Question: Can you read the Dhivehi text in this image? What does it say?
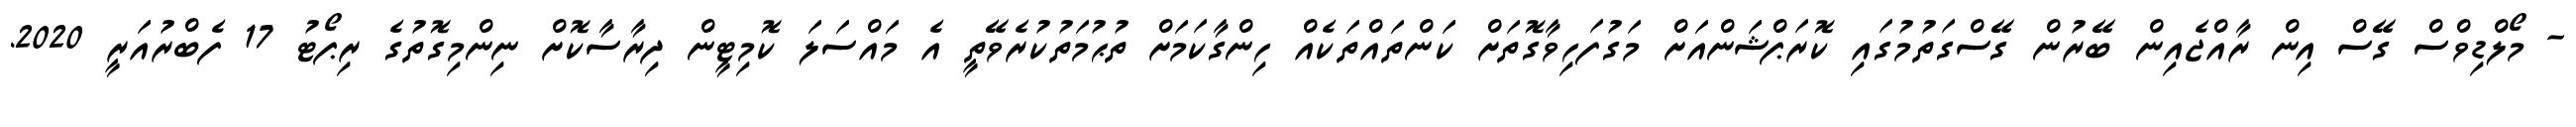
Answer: - މޯލްޑިވްސް ގޭސް އިން ރާއްޖެއިން ބޭރުން ގޭސްގަތުމުގައި ކޮރަޕްޝަންއަށް މަގުފަހިވާގޮތަށް ކަންތައްތަކެއް ހިންގާކަމަށް ތުޙުމަތުކުރެވޭތީ އެ މައްސަލަ ކޮމިޓީން ދިރާސާކޮށް ނިންމިގޮތުގެ ރިޕޯޓު 17 ފެބްރުއަރީ 2020.